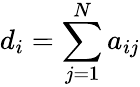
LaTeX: d_{i}=\sum_{j=1}^{N}a_{ij}